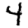
Digit: 4